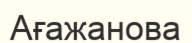
Ағажанова